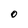
Character: O